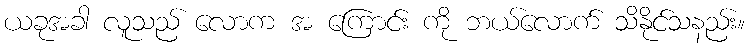
ယခုအခါ လူသည် လောက အ ကြောင်း ကို ဘယ်လောက် သိနိုင်သနည်း။